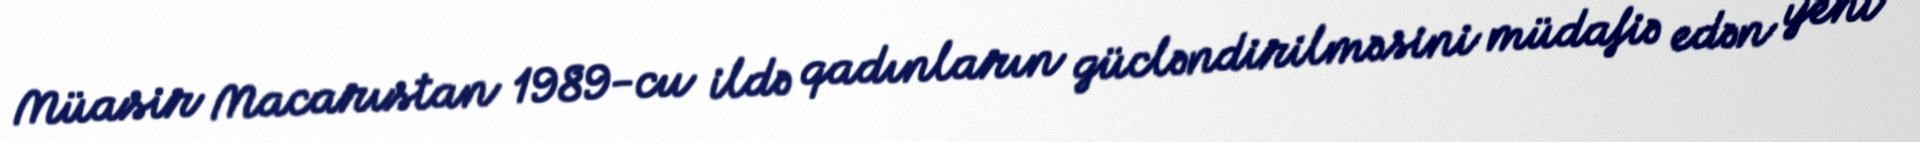
Müasir Macarıstan 1989-cu ildə qadınların gücləndirilməsini müdafiə edən yeni